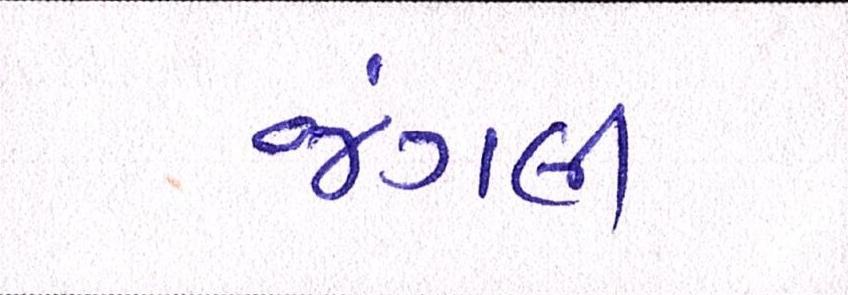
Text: જંગલી